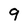
Character: 9